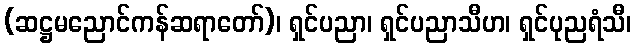
(ဆဋ္ဌမညောင်ကန်ဆရာတော်)၊ ရှင်ပညာ၊ ရှင်ပညာသီဟ၊ ရှင်ပုညရံသီ၊